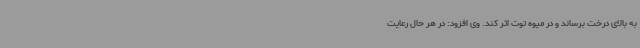
به بالای درخت برساند و در میوه توت اثر کند. وی افزود: در هر حال رعایت